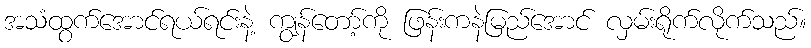
အသံထွက်အောင်ရယ်ရင်းနဲ့ ကျွန်တော့်ကို ဖြန်းကနဲမြည်အောင် လှမ်းရိုက်လိုက်သည်။